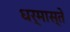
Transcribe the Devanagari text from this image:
धर्मास्ते